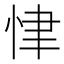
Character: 𢘶